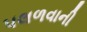
પલળવાની